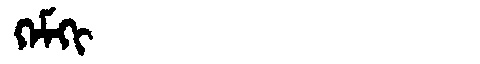
Manchu: ᡴᡝᠮᡴᡳ
Romanization: KEMKI